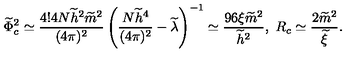
\widetilde { \Phi } _ { c } ^ { 2 } \simeq \frac { 4 ! 4 N \widetilde { h } ^ { 2 } \widetilde { m } ^ { 2 } } { ( 4 \pi ) ^ { 2 } } \left( \frac { N \widetilde { h } ^ { 4 } } { ( 4 \pi ) ^ { 2 } } - \widetilde { \lambda } \right) ^ { - 1 } \simeq \frac { 9 6 \xi \widetilde { m } ^ { 2 } } { \widetilde { h } ^ { 2 } } , \ R _ { c } \simeq \frac { 2 \widetilde { m } ^ { 2 } } { \widetilde { \xi } } .